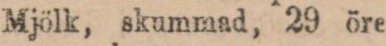
Mjölk, skummad, 29 öre